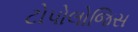
ટોપોલોજિસ